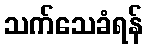
သက်သေခံရန်